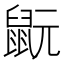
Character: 𪕀